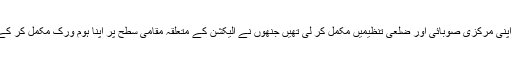
ایم ایم اے نے انتخابی شیڈول سے قبل ہی اپنی مرکزی صوبائی اور ضلعی تنظیمیں مکمل کر لی تھیں جنھوں نے الیکشن کے متعلقہ مقامی سطح پر اپنا ہوم ورک مکمل کر کے صوبوں کو سفارشات پیش کر دی تھیں۔